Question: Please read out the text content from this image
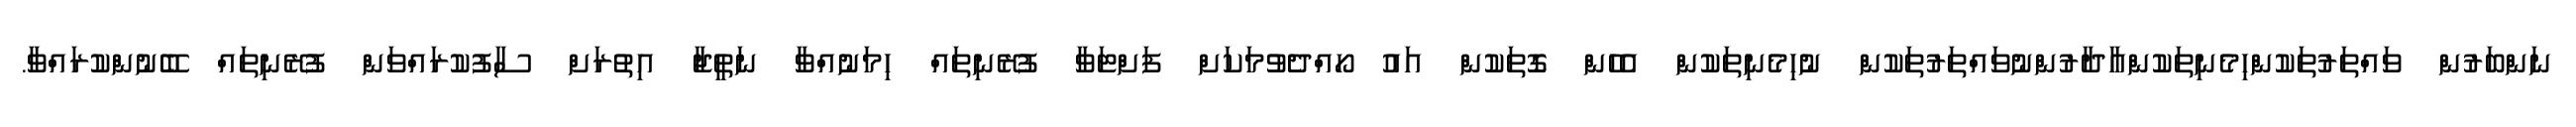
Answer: ނަންބަރުން ވައްތަރުތަކުންހިމެނިތަކުންއާދާރުންނުވައްތަރުތަކުން ނުހިމެނިތަކުން އެހެން ގޮތަކުން އައު ހޯއްދެވުމަކަށް ފަށްޓަވާ ފުރޭނިތައް ހިމަނުއްވާ ނަތީޖާ އިތުރަށް ސާފުކުރައްވަން ފުރޭނިތައް ބޭނުންކުރައްވާ.